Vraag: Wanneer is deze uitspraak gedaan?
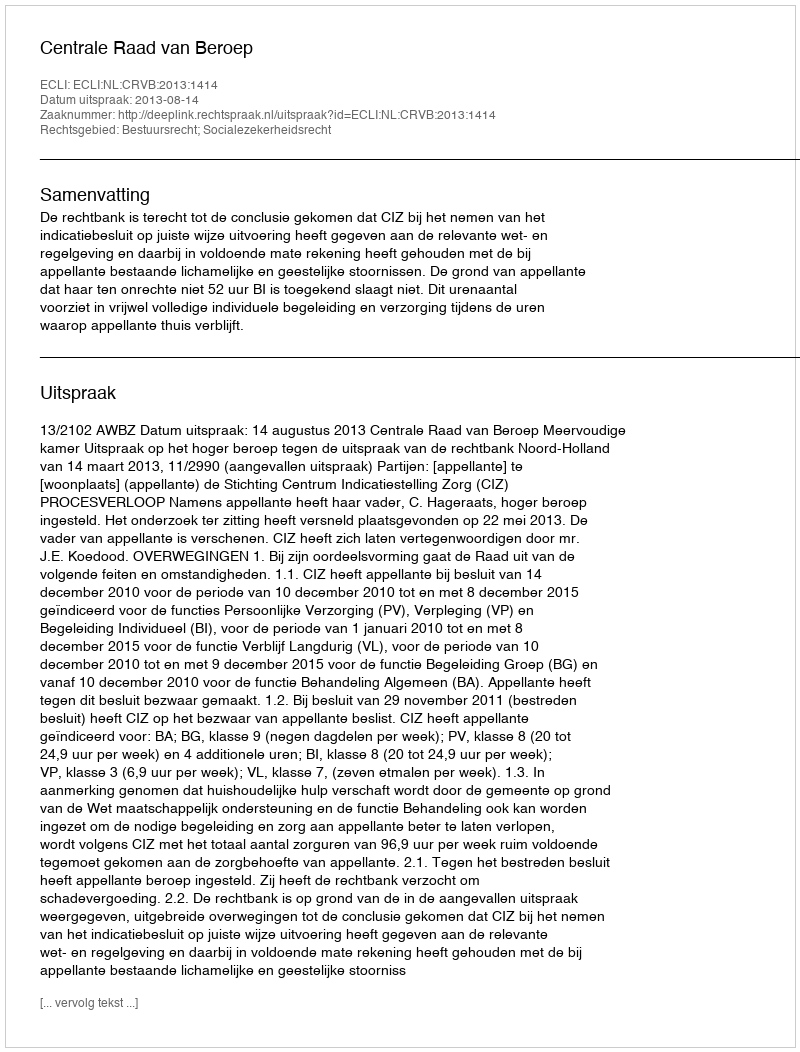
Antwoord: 2013-08-14